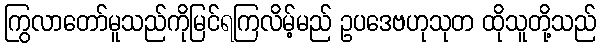
ကြွလာတော်မူသည်ကိုမြင်ရကြလိမ့်မည် ဥပဒေဗဟုသုတ ထိုသူတို့သည်